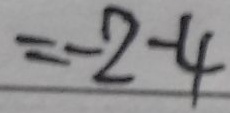
= - 2 - 4